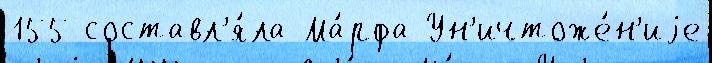
155 составл'я́ла Ма́рфа Ун'ичтоже́н'иjе